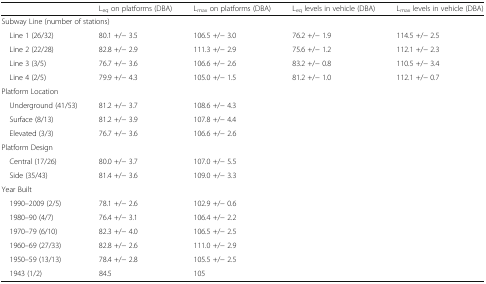
<table><thead><tr><td></td><td><b>L<sub>eq</sub> on platforms (DBA)</b></td><td><b>L<sub>max</sub> on platforms (DBA)</b></td><td><b>L<sub>eq</sub> levels in vehicle (DBA)</b></td><td><b>L<sub>max</sub> levels in vehicle (DBA)</b></td></tr></thead><tbody><tr><td colspan="5">Subway Line (number of stations)</td></tr><tr><td> Line 1 (26/32)</td><td>80.1 +/− 3.5</td><td>106.5 +/− 3.0</td><td>76.2 +/− 1.9</td><td>114.5 +/− 2.5</td></tr><tr><td> Line 2 (22/28)</td><td>82.8 +/− 2.9</td><td>111.3 +/− 2.9</td><td>75.6 +/− 1.2</td><td>112.1 +/− 2.3</td></tr><tr><td> Line 3 (3/5)</td><td>76.7 +/− 3.6</td><td>106.6 +/− 2.6</td><td>83.2 +/− 0.8</td><td>110.5 +/− 3.4</td></tr><tr><td> Line 4 (2/5)</td><td>79.9 +/− 4.3</td><td>105.0 +/− 1.5</td><td>81.2 +/− 1.0</td><td>112.1 +/− 0.7</td></tr><tr><td colspan="5">Platform Location</td></tr><tr><td> Underground (41/53)</td><td>81.2 +/− 3.7</td><td>108.6 +/− 4.3</td><td></td><td></td></tr><tr><td> Surface (8/13)</td><td>81.2 +/− 3.9</td><td>107.8 +/− 4.4</td><td></td><td></td></tr><tr><td> Elevated (3/3)</td><td>76.7 +/− 3.6</td><td>106.6 +/− 2.6</td><td></td><td></td></tr><tr><td colspan="5">Platform Design</td></tr><tr><td> Central (17/26)</td><td>80.0 +/− 3.7</td><td>107.0 +/− 5.5</td><td></td><td></td></tr><tr><td> Side (35/43)</td><td>81.4 +/− 3.6</td><td>109.0 +/− 3.3</td><td></td><td></td></tr><tr><td colspan="5">Year Built</td></tr><tr><td> 1990–2009 (2/5)</td><td>78.1 +/− 2.6</td><td>102.9 +/− 0.6</td><td></td><td></td></tr><tr><td> 1980–90 (4/7)</td><td>76.4 +/− 3.1</td><td>106.4 +/− 2.2</td><td></td><td></td></tr><tr><td> 1970–79 (6/10)</td><td>82.3 +/− 4.0</td><td>106.5 +/− 2.5</td><td></td><td></td></tr><tr><td> 1960–69 (27/33)</td><td>82.8 +/− 2.6</td><td>111.0 +/− 2.9</td><td></td><td></td></tr><tr><td> 1950–59 (13/13)</td><td>78.4 +/− 2.8</td><td>105.5 +/− 2.5</td><td></td><td></td></tr><tr><td> 1943 (1/2)</td><td>84.5</td><td>105</td><td></td><td></td></tr></tbody></table>